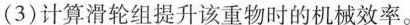
拉力F与绳自由端移动距离s的关系图。